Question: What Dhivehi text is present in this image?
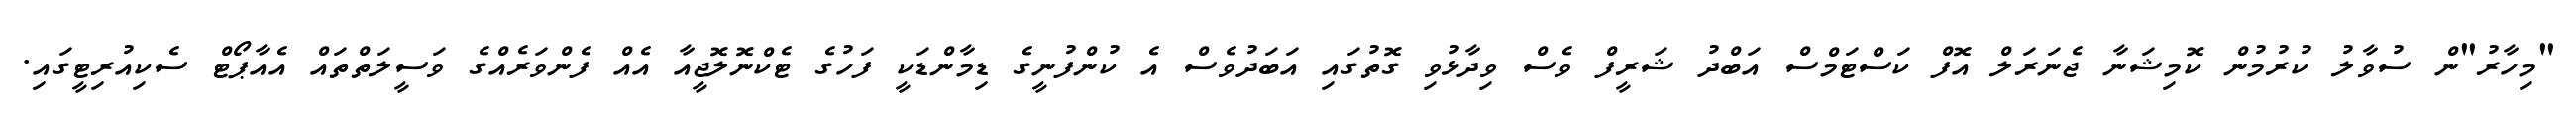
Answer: "މިހާރު"ން ސުވާލު ކުރުމުން ކޮމިޝަނާ ޖެނަރަލް އޮފް ކަސްޓަމްސް އަބްދު ޝަރީފް ވެސް ވިދާޅުވި ގޮތުގައި އަބަދުވެސް އެ ކުންފުނީގެ ޑިމާންޑަކީ ފަހުގެ ޓެކްނޮލޮޖީއާ އެއް ފެންވަރެއްގެ ވަސީލަތްތައް އެއާޕޯޓް ސެކިއުރިޓީގައި.